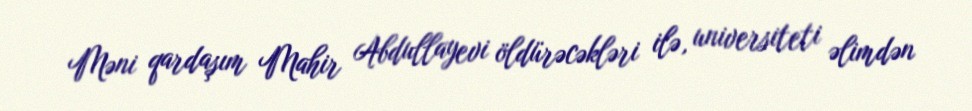
Məni qardaşım Mahir Abdullayevi öldürəcəkləri ilə, universiteti əlimdən